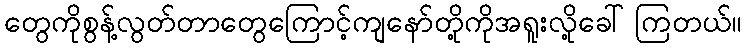
တွေကိုစွန့်လွတ်တာတွေကြောင့်ကျနော်တို့ကိုအရူးလို့ခေါ်ကြတယ်။